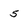
Character: 5